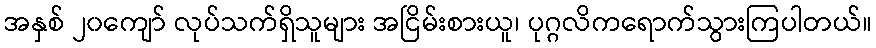
အနှစ် ၂၀ကျော် လုပ်သက်ရှိသူများ အငြိမ်းစားယူ၊ ပုဂ္ဂလိကရောက်သွားကြပါတယ်။